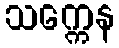
သက္ကေန